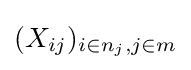
(X_{ij})_{i\in n_{j},j\in m}